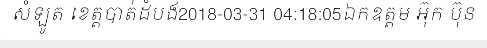
សំឡូត ខេត្តបាត់ដំបង2018-03-31 04:18:05ឯកឧត្តម អ៊ុក ប៊ុន